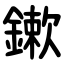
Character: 鏉